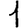
Digit: 1